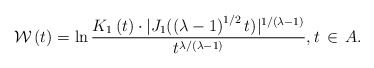
\begin{align*}\mathcal{W} \left( t \right) =\ln \frac{K_1\left( t \right) \cdot |J_1( \left( \lambda -1 \right) ^{1/2}t ) |^{1/\left( \lambda -1 \right)}}{t^{\lambda /\left( \lambda -1 \right)}}, t \,\in \,A.\end{align*}